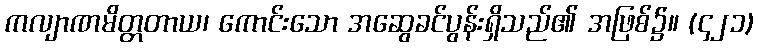
ကလျာဏမိတ္တတာယ၊ ကောင်းသော အဆွေခင်ပွန်းရှိသည်၏ အဖြစ်၌။ (၄၂၁)